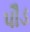
પૌડ